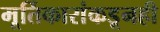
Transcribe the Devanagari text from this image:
मूर्तिकारांकडूनही